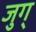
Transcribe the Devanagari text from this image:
जुग्